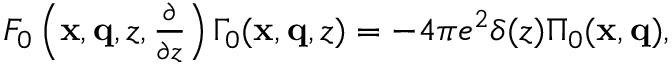
\begin{array} { r } { F _ { 0 } \left( \mathbf { x } , \mathbf { q } , z , \frac { \partial } { \partial z } \right) \Gamma _ { 0 } ( \mathbf { x } , \mathbf { q } , z ) = - 4 \pi e ^ { 2 } \delta ( z ) \Pi _ { 0 } ( \mathbf { x } , \mathbf { q } ) , } \end{array}